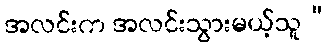
အလင်းက အလင်းသွားမယ့်သူ”